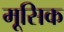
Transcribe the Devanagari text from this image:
मूसिक